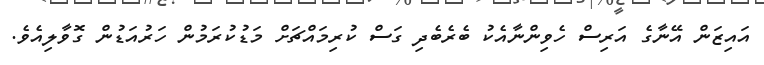
އައިޒަން އޭނާގެ އަރިސް ހެވިންނާއެކު ބެރެބެދި ގަސް ކުރިމައްޗަށް މަޑުކުރަމުން ހަރުއަޑުން ގޮވާލިއެވެ.